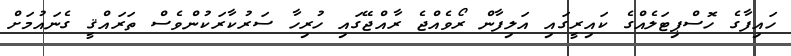
ހައިފާގެ ހޮސްޕިޓަލެއްގެ ކައިރީގައި އަލިފާން ރޯވެއްޖެ ރާއްޖޭގައި ހުރިހާ ސަރުކާރަކުންވެސް ތަރައްޤީ ގެނައުމަށް